Annual administration report of the Civil Veterinary Department of India - 1895-1896
Year: 1895
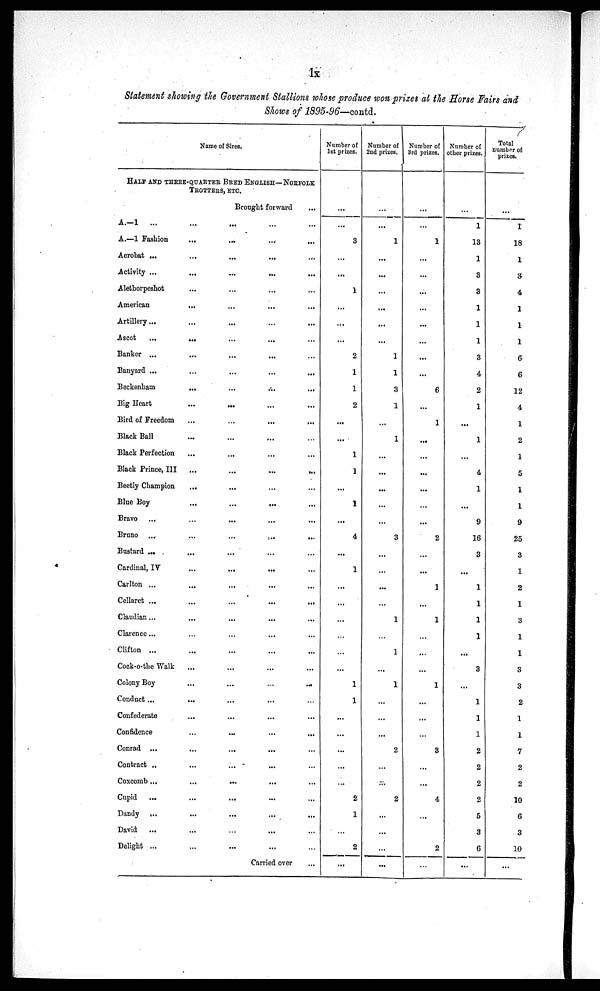
lx
Statement showing the Government Stallions whose produce won prizes at the Horse Fairs and
Shows of 1895-96—contd.
Name of Sires.
HALF AND THREE-QUARTER BRED ENGLISH—NORFOLK
TROTTERS, ETC.
Brought forward...
A.—l
...
......
...
...
A.—1 Fashion
...
...
...
...
Acrobat ...
...
...
...
...
Activity ...
...
...
...
...
Alethorpeshot
...
...
... ...
American
...
...
...
...
Artillery ...
...
...
...
...
Ascot...
...
...
...
Banker .. ...
...
. . . .
Banyard ...
...
...
...
...
Beckenham
...
...
...
...
Big Heart
...
...
...
...
Bird of Freedom
...
...
...
...
Black Ball
...
...
... ...
Black Perfection...
... ... ...
Black Prince, III ...
...
... ... ...
Beetly Champion............
Blue
Boy...........
Bravo
............
Bruno
............
Bustard ......... ... ...
Cardinal,
IV............
Carlton
..............
Cellaret
............
Claudian...
...........
Clarence ...
...
........
Clifton
..............
Cock-o-the Walk
...
..
. . . . .
Colony Boy...
...
......
Conduct ......
......
Confederate...
.........
Confidence
......
......
Conrad ...
...
...
...
...
Contract ..
...
...
...
...
Coxcomb ...
...
...
...
...
Cupid
...
...
...
... ...
Dandy ...
...
...
...
...
David
...
...
...
...
...
Delight ...
...
...
...
Carried over
...
Number of
1st prizes.
...
...
3
...
...
1
...
...
...
2
1
1
2
...
...
1
1
...
1
...
4
...
1
...
...
...
...
...
...
1
1
...
...
...
...
...
2
1
...
2
...
Number of
2nd prizes.
...
...
1
...
...
...
...
...
...
1
1
3
1
...
1
...
...
...
...
...
3
...
...
...
...
1
...
1
...
1
...
...
...
2
...
...
2
...
...
...
...
Number of
3rd prizes.
...
1
...
...
...
...
...
...
...
...
6
...
1
...
...
...
...
...
2
...
...
1
...
1
...
...
...
1
...
...
...
3
...
4
...
...
2
Number of
other prizes.
...
1
13
1
3
3
1
1
1
3
4
2
1
...
1
...
4
1
...
9
16
3
...
1
1
1
1
...
3
...
1
1
1
2
2
2
2
5
3
6
...
Total
number of
prizes.
...
1
18
1
3
4
1
1
1
6
6
12
4
1
2
1
5
1
1
9
25
3
1
2
1
3
1
1
3
3
2
1
1
7
2
2
10
6
3
10
...